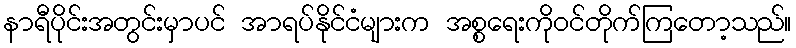
နာရီပိုင်းအတွင်းမှာပင် အာရပ်နိုင်ငံများက အစ္စရေးကိုဝင်တိုက်ကြတော့သည်။